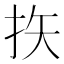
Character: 𪭨